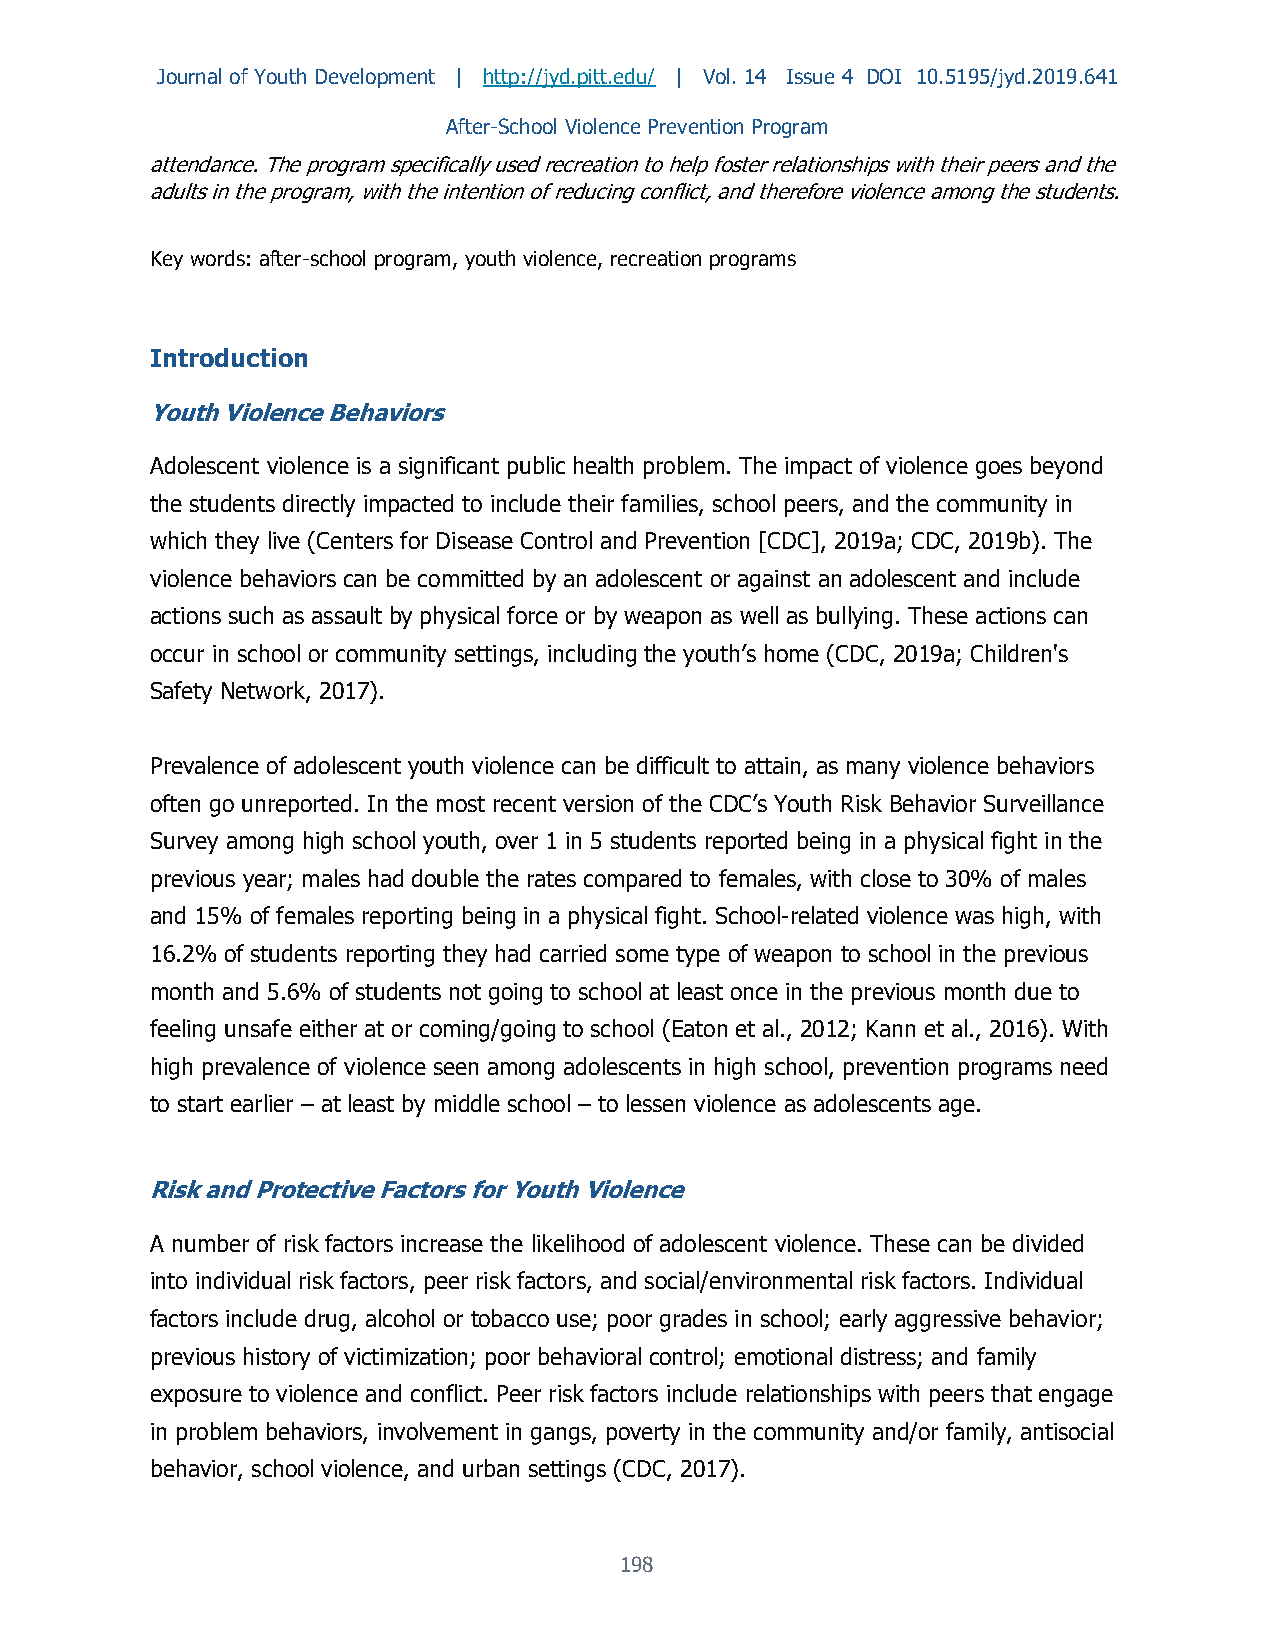
Journal of Youth Development | http://jyd.pitt.edu/ | Vol. 14 Issue 4 DOI 10.5195/jyd.2019.641
 After-School Violence Prevention Program
 attendance. The program specifically used recreation to help foster relationships with their peers and the
 adults in the program, with the intention of reducing conflict, and therefore violence among the students.
 Key words: after-school program, youth violence, recreation programs
 Introduction
 Youth Violence Behaviors
 Adolescent violence is a significant public health problem. The impact of violence goes beyond
 the students directly impacted to include their families, school peers, and the community in
 which they live (Centers for Disease Control and Prevention [CDC], 2019a; CDC, 2019b). The
 violence behaviors can be committed by an adolescent or against an adolescent and include
 actions such as assault by physical force or by weapon as well as bullying. These actions can
 occur in school or community settings, including the youth’s home (CDC, 2019a; Children's
 Safety Network, 2017).
 Prevalence of adolescent youth violence can be difficult to attain, as many violence behaviors
 often go unreported. In the most recent version of the CDC’s Youth Risk Behavior Surveillance
 Survey among high school youth, over 1 in 5 students reported being in a physical fight in the
 previous year; males had double the rates compared to females, with close to 30% of males
 and 15% of females reporting being in a physical fight. School-related violence was high, with
 16.2% of students reporting they had carried some type of weapon to school in the previous
 month and 5.6% of students not going to school at least once in the previous month due to
 feeling unsafe either at or coming/going to school (Eaton et al., 2012; Kann et al., 2016). With
 high prevalence of violence seen among adolescents in high school, prevention programs need
 to start earlier – at least by middle school – to lessen violence as adolescents age.
 Risk and Protective Factors for Youth Violence
 A number of risk factors increase the likelihood of adolescent violence. These can be divided
 into individual risk factors, peer risk factors, and social/environmental risk factors. Individual
 factors include drug, alcohol or tobacco use; poor grades in school; early aggressive behavior;
 previous history of victimization; poor behavioral control; emotional distress; and family
 exposure to violence and conflict. Peer risk factors include relationships with peers that engage
 in problem behaviors, involvement in gangs, poverty in the community and/or family, antisocial
 behavior, school violence, and urban settings (CDC, 2017).
 198